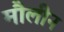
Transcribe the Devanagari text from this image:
मौलीन